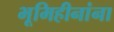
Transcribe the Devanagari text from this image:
भूमिहीनांना